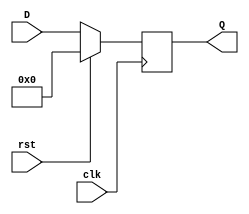
module synchronous_register (
    input wire clk,        // Clock input
    input wire rst,        // Synchronous reset input
    input wire [N-1:0] D,  // Data input (N-bit)
    output reg [N-1:0] Q   // Data output (N-bit)
);
    parameter N = 8; // Define the width of the register (8 bits by default)

    // Always block triggered on the rising edge of the clock or reset
    always @(posedge clk) begin
        if (rst) begin
            Q <= {N{1'b0}}; // Reset Q to 0
        end else begin
            Q <= D; // Capture data on clock edge
        end
    end
endmodule